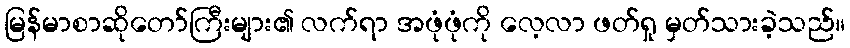
မြန်မာစာဆိုတော်ကြီးများ၏ လက်ရာ အဖုံဖုံကို လေ့လာ ဖတ်ရှု မှတ်သားခဲ့သည်။